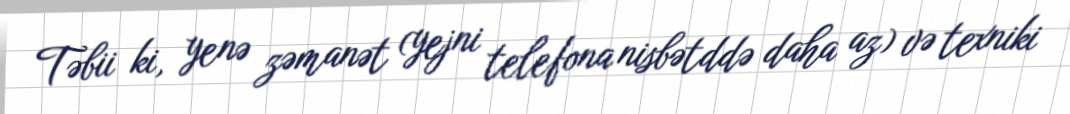
Təbii ki, yenə zəmanət (yejni telefona nisbətddə daha az) və texniki